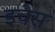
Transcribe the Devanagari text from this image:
इचेस